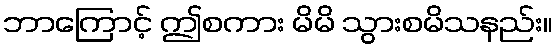
ဘာကြောင့် ဤစကား မိမိ သွားစမိသနည်း။